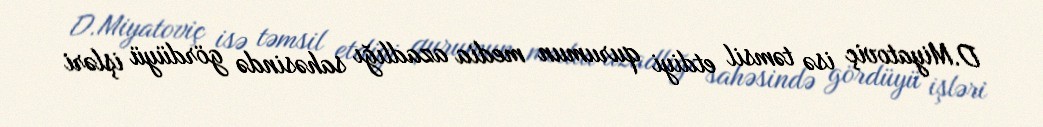
D.Miyatoviç isə təmsil etdiyi qurumun media azadlığı sahəsində gördüyü işləri